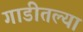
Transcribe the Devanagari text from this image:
गाडीतल्या